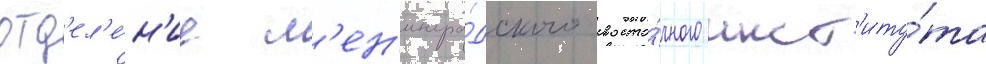
отд'ел'е́н'ие л'ен'ингра́дского восто́чного инст'иту́та